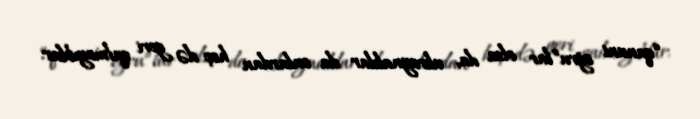
“qanuni oğru”lar olsa da, ukraynalılar da onlardan heç də geri qalmayıblar.